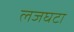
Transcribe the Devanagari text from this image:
लजघटा